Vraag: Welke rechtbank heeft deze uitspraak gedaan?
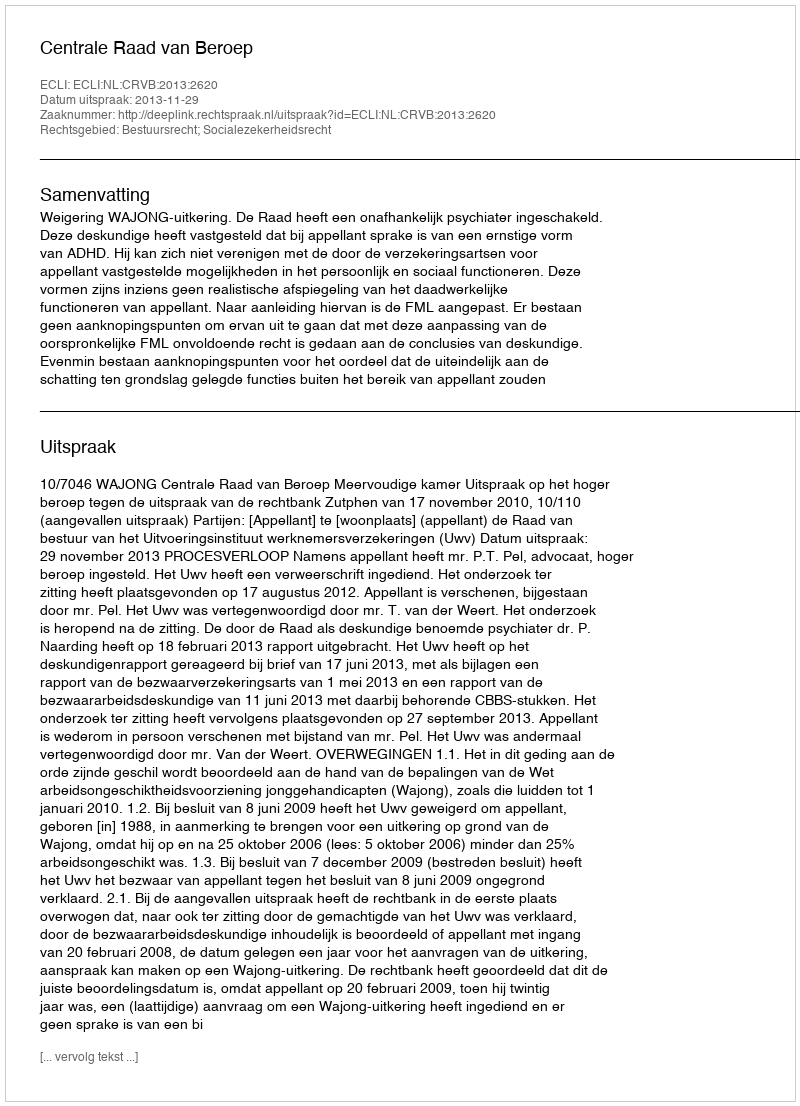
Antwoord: Centrale Raad van Beroep